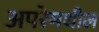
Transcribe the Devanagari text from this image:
अपरेमधील